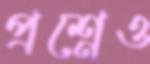
প্রশ্নেও